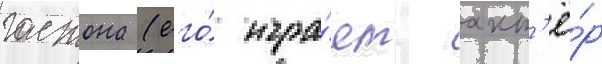
гастона (его́ игра́ет акт'ё́р